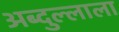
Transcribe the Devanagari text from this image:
अब्दुल्लाला